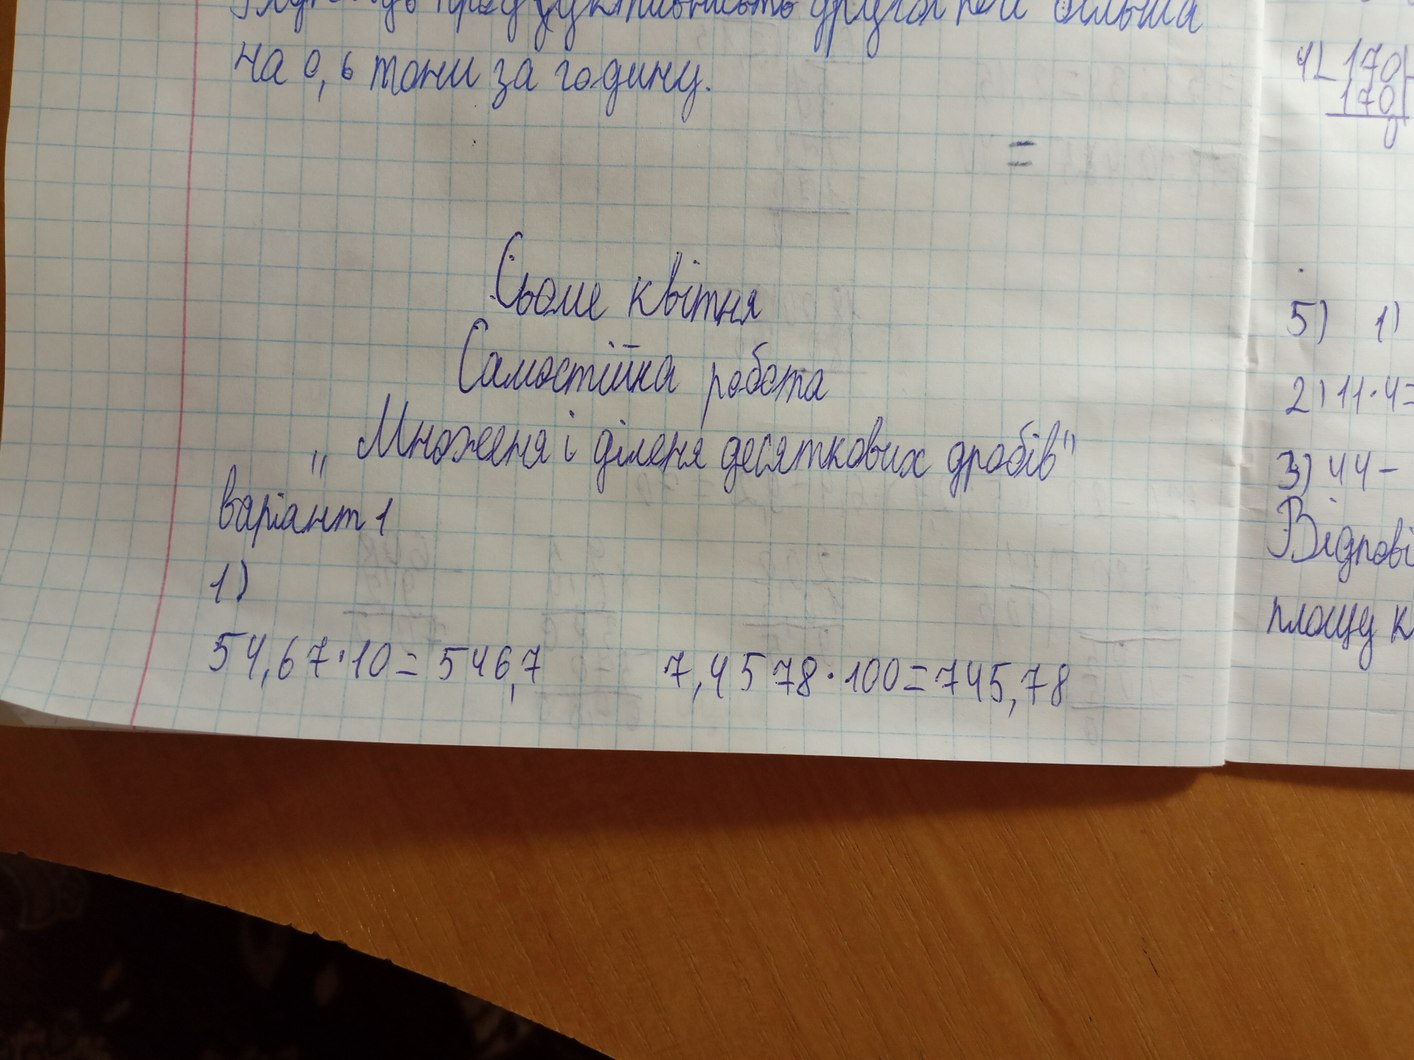
Сьоме квітня
Самостійна робота
"Множення і ділення десяткових дробів"
варіант 1
1)
54,67 * 10 = 546,7
7,4578 * 100 = 745,78